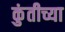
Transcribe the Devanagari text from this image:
कुंतीच्या